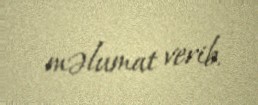
məlumat verib.